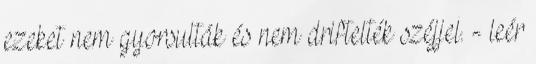
ezeket nem gyorsulták és nem driftelték széjjel. - leér